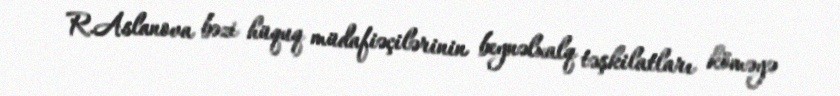
R.Aslanova bəzi hüquq müdafiəçilərinin beynəlxalq təşkilatları köməyə